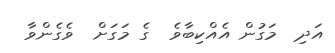
އަދި  މަގުން އެއްކިބާވެ  ގެ މަގަށް  ވެގެންވާ